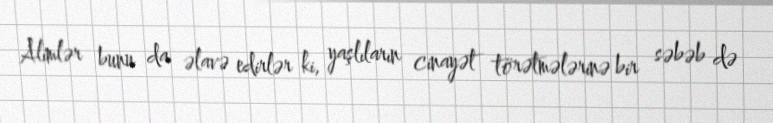
Alimlər bunu da əlavə edirlər ki, yaşlıların cinayət törətmələrinə bir səbəb də